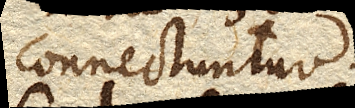
connectuntur.